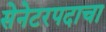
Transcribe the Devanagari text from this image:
सेनेटरपदाचा